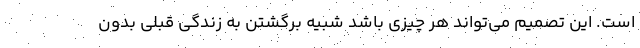
است. این تصمیم می‌تواند هر چیزی باشد شبیه برگشتن به زندگی قبلی بدون